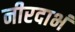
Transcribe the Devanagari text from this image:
नीरदाभं